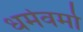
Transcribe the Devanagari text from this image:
धर्मवर्मा